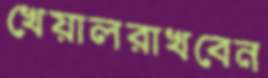
খেয়ালরাখবেন